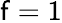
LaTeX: \mathsf{f}=1